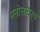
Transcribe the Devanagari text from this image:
मनोसौंदर्य